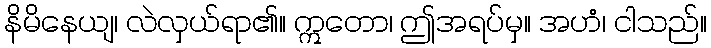
နိမိနေယျ၊ လဲလှယ်ရာ၏။ ဣတော၊ ဤအရပ်မှ။ အဟံ၊ ငါသည်။